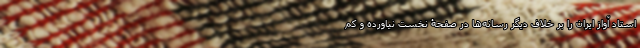
استاد آواز ایران را بر خلاف دیگر رسانه‌ها در صفحۀ نخست نیاورده و کم